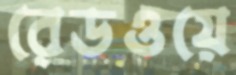
রেডওয়ে